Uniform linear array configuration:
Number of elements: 24
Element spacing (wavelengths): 1
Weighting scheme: hamming
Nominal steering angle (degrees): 0
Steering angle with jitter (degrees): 0.5359
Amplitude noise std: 0.05
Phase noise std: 0.05

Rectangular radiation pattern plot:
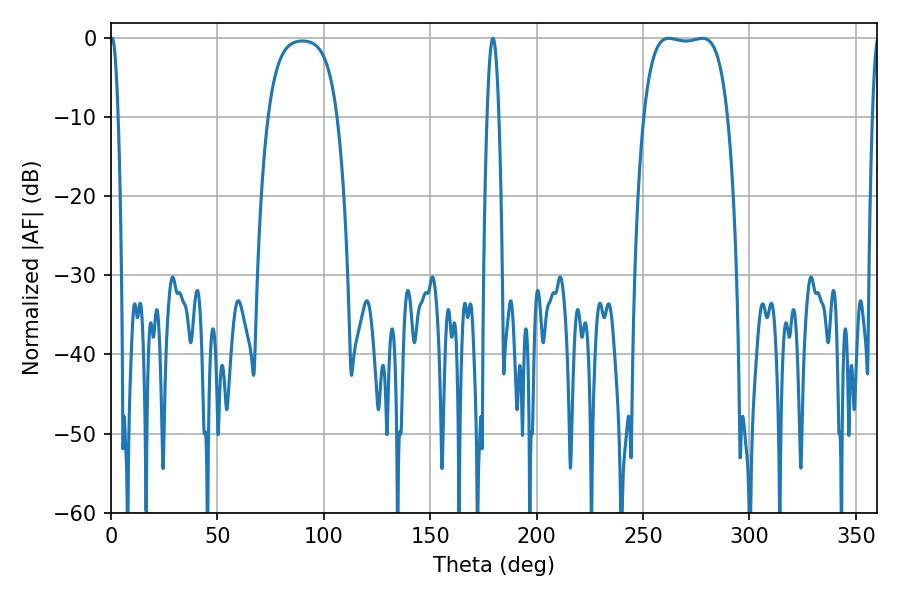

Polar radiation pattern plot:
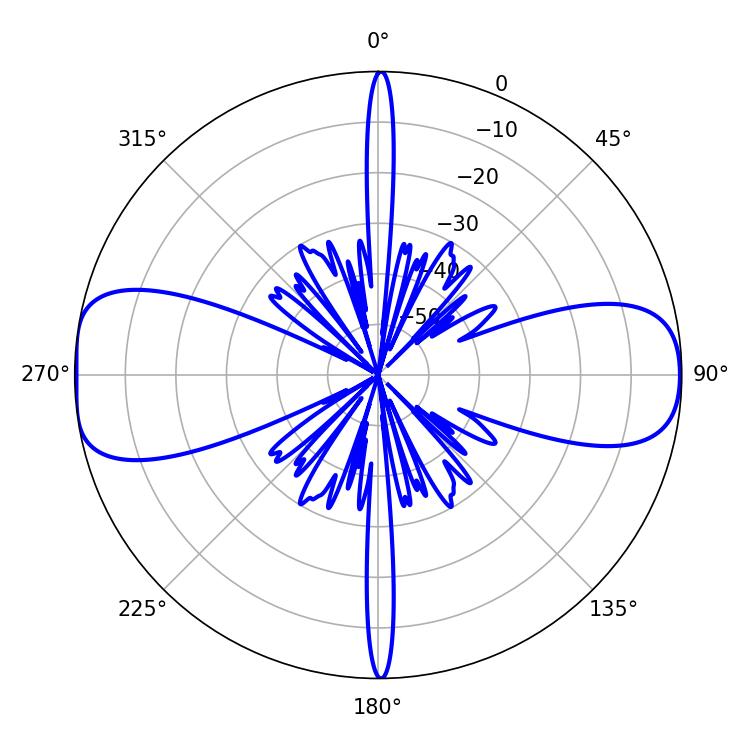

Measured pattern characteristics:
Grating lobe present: TRUE
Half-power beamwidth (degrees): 1.98
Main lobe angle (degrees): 0.54